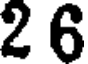
2 6